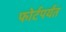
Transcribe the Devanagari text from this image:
फोर्टपर्यंत